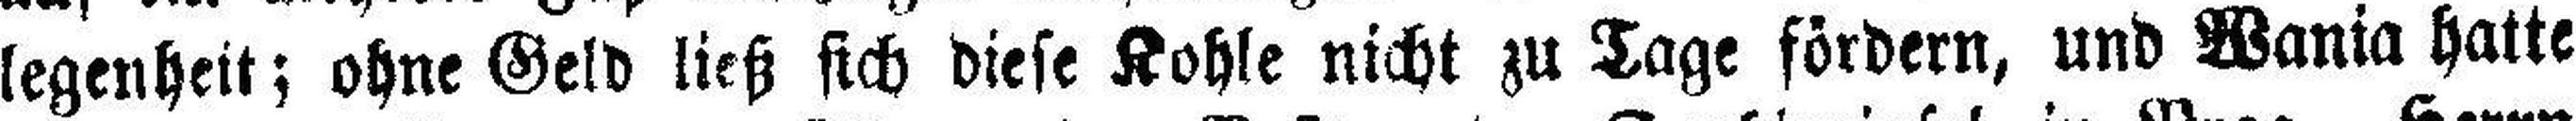
legenheit; ohne Geld ließ sich diese Kohle nicht zu Tage fördern, und Wania hatte